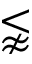
\lnapprox